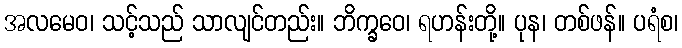
အလမေဝ၊ သင့်သည် သာလျင်တည်း။ ဘိက္ခဝေ၊ ရဟန်းတို့။ ပုန၊ တစ်ဖန်။ ပရံစ၊